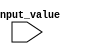
module case_statement_example (
    input wire [1:0] input_value
);

initial begin
    case (input_value)
        2'b00: $display("Input value is 00");
        2'b01: $display("Input value is 01");
        2'b10: $display("Input value is 10");
        2'b11: $display("Input value is 11");
        default: $display("Unexpected input value");
    endcase
end

endmodule